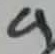
Text: 9